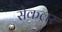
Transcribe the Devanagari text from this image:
सेकलर